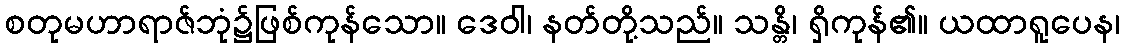
စတုမဟာရာဇ်ဘုံ၌ဖြစ်ကုန်သော။ ဒေဝါ၊ နတ်တို့သည်။ သန္တိ၊ ရှိကုန်၏။ ယထာရူပေန၊